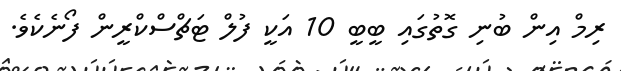
ރިމް އިން ބުނި ގޮތުގައި ބީބީ 10 އަކީ ފުލް ޓަޗްސްކްރީން ފޯނެކެވެ.